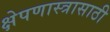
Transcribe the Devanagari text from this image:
क्षेपणास्त्रासाठी